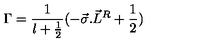
{ \Gamma } = \frac { 1 } { l + \frac { 1 } { 2 } } ( - { \vec { \sigma } . { \vec { L } } ^ { R } } + \frac { 1 } { 2 } )